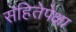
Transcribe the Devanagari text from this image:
संहितेपेक्षा